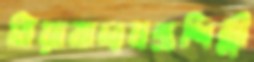
বিয়াবাদ্যযন্ত্রশিল্পী